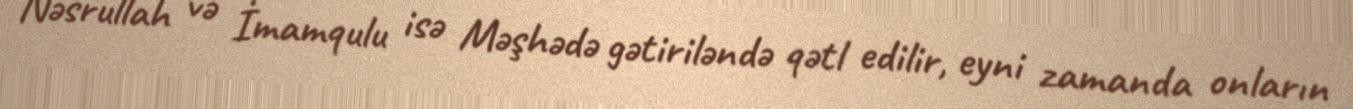
Nəsrullah və İmamqulu isə Məşhədə gətiriləndə qətl edilir, eyni zamanda onların